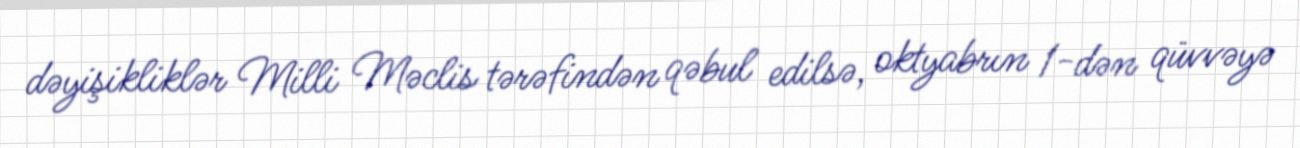
dəyişikliklər Milli Məclis tərəfindən qəbul edilsə, oktyabrın 1-dən qüvvəyə